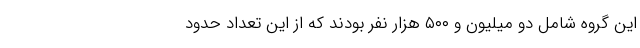
این گروه شامل دو میلیون و ۵۰۰ هزار نفر بودند که از این تعداد حدود